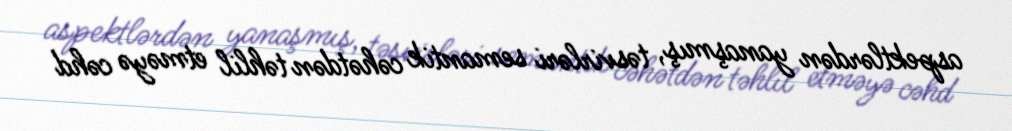
aspektlərdən yanaşmış, təsvirləri semantik cəhətdən təhlil etməyə cəhd